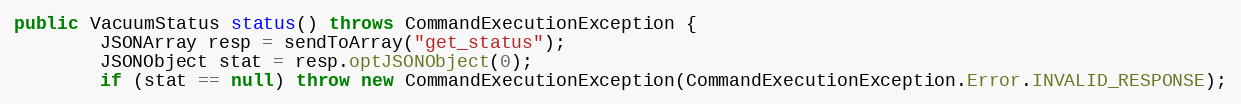
Language: Java
public VacuumStatus status() throws CommandExecutionException {
        JSONArray resp = sendToArray("get_status");
        JSONObject stat = resp.optJSONObject(0);
        if (stat == null) throw new CommandExecutionException(CommandExecutionException.Error.INVALID_RESPONSE);